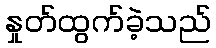
နှုတ်ထွက်ခဲ့သည်